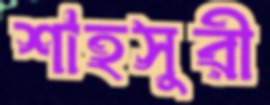
শাহসুরী